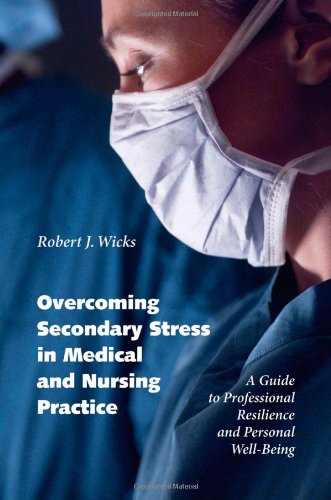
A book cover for Overcoming Secondary Stress in Medical and Nursing Practice: A Guide to Professional Resilience and Personal Well-Being; Robert J. Wicks; Medical Books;